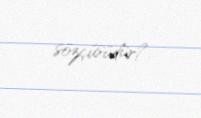
sözçüsüdür?.